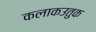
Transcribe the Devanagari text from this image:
कलाकउतुक